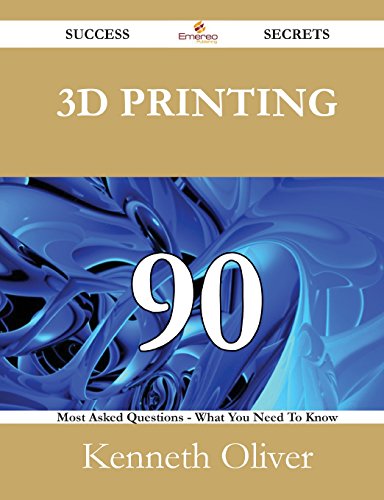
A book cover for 3D Printing 90 Success Secrets: 90 Most Asked Questions On 3D Printing - What You Need To Know; Kenneth Oliver; Computers & Technology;